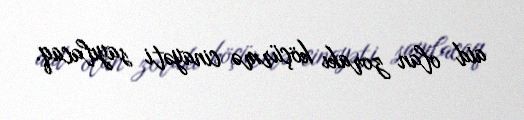
aid olan zorakı köçürmə cinayəti sayılacaq.